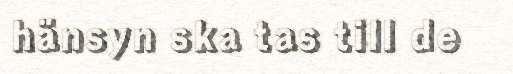
hänsyn ska tas till de